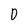
Character: D